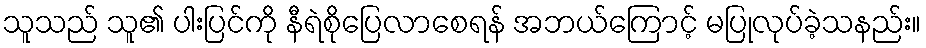
သူသည် သူ၏ ပါးပြင်ကို နီရဲစိုပြေလာစေရန် အဘယ်ကြောင့် မပြုလုပ်ခဲ့သနည်း။